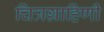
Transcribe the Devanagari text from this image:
चित्रग्राहिणी